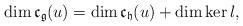
LaTeX: \begin{align*}\dim\mathfrak{c}_\mathfrak{g}(u)=\dim \mathfrak{c}_\mathfrak{h}(u)+\dim \ker l,\end{align*}